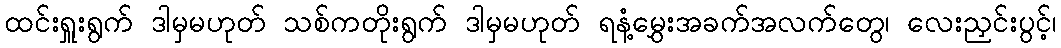
ထင်းရှူးရွက် ဒါမှမဟုတ် သစ်ကတိုးရွက် ဒါမှမဟုတ် ရနံ့မွှေးအခက်အလက်တွေ၊ လေးညှင်းပွင့်၊